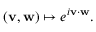
( \mathbf { v } , \mathbf { w } ) \mapsto e ^ { i \mathbf { v } \cdot \mathbf { w } } .